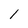
Character: 1